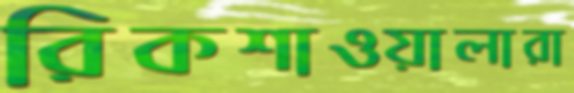
রিকশাওয়ালারা